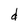
Character: d